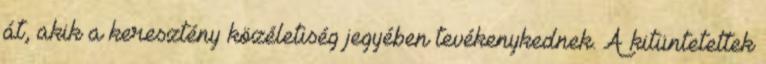
át, akik a keresztény közéletiség jegyében tevékenykednek. A kitüntetettek